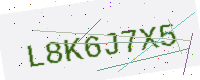
Text: L8K6J7X5